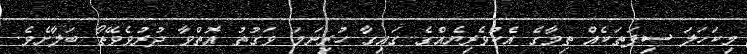
މިކަހަލަ ސިފަތަކެއް ތިމާގެ އެކުވެރިޔެއްގެ ގައިގާ ހުރިނަމަ ވަގުތު އޮތްވާ ދުރުވެވޭތޯ ބަލާށެވެ.